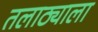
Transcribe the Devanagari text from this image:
तलाठ्याला